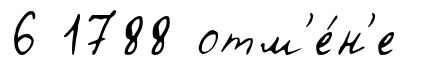
6 1788 отм'е́н'е